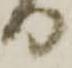
り